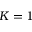
K = 1